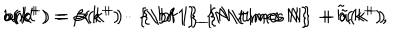
a ( k ^ { + } ) = \alpha ( k ^ { + } ) \cdot \mathrm { ~ { \bf ~ 1 } _ { N \times ~ N } ~ } + { \tilde { a } } ( k ^ { + } ) \hspace { 4 m m } \mathrm { a n d } \hspace { 4 m m } b ( k ^ { + } ) = \beta ( k ^ { + } ) \cdot \mathrm { ~ { \bf ~ 1 } _ { N \times ~ N } ~ } + { \tilde { b } } ( k ^ { + } ) ,